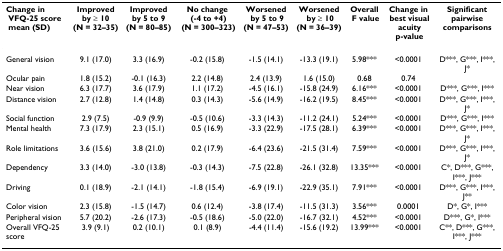
<table><thead><tr><td><b>Change in VFQ-25 score mean (SD)</b></td><td><b>Improved by ≥ 10 (N = 32–35)</b></td><td><b>Improved by 5 to 9 (N = 80–85)</b></td><td><b>No change (-4 to +4) (N = 300–323)</b></td><td><b>Worsened by 5 to 9 (N = 47–53)</b></td><td><b>Worsened by ≥ 10 (N = 36–39)</b></td><td><b>Overall F value</b></td><td><b>Change in best visual acuity p-value</b></td><td><b>Significantpairwisecomparisons</b></td></tr></thead><tbody><tr><td>General vision</td><td>9.1 (17.0)</td><td>3.3 (16.9)</td><td>-0.2 (15.8)</td><td>-1.5 (14.1)</td><td>-13.3 (19.1)</td><td>5.98***</td><td>&lt;0.0001</td><td>D***, G***, I***, J*</td></tr><tr><td>Ocular pain</td><td>1.8 (15.2)</td><td>-0.1 (16.3)</td><td>2.2 (14.8)</td><td>2.4 (13.9)</td><td>1.6 (15.0)</td><td>0.68</td><td>0.74</td><td></td></tr><tr><td>Near vision</td><td>6.3 (17.7)</td><td>3.6 (17.9)</td><td>1.1 (17.2)</td><td>-4.5 (16.1)</td><td>-15.8 (24.9)</td><td>6.16***</td><td>&lt;0.0001</td><td>D***, G***, I***</td></tr><tr><td>Distance vision</td><td>2.7 (12.8)</td><td>1.4 (14.8)</td><td>0.3 (14.3)</td><td>-5.6 (14.9)</td><td>-16.2 (19.5)</td><td>8.45***</td><td>&lt;0.0001</td><td>D***, G***, I***, J*</td></tr><tr><td>Social function</td><td>2.9 (7.5)</td><td>-0.9 (9.9)</td><td>-0.5 (10.6)</td><td>-3.3 (14.3)</td><td>-11.2 (24.1)</td><td>5.24***</td><td>&lt;0.0001</td><td>D***, G***, I***</td></tr><tr><td>Mental health</td><td>7.3 (17.9)</td><td>2.3 (15.1)</td><td>0.5 (16.9)</td><td>-3.3 (22.9)</td><td>-17.5 (28.1)</td><td>6.39***</td><td>&lt;0.0001</td><td>D***, G***, I***, J*</td></tr><tr><td>Role limitations</td><td>3.6 (15.6)</td><td>3.8 (21.0)</td><td>0.2 (17.9)</td><td>-6.4 (23.6)</td><td>-21.5 (31.4)</td><td>7.59***</td><td>&lt;0.0001</td><td>D***, G***, I***, J*</td></tr><tr><td>Dependency</td><td>3.3 (14.0)</td><td>-3.0 (13.8)</td><td>-0.3 (14.3)</td><td>-7.5 (22.8)</td><td>-26.1 (32.8)</td><td>13.35***</td><td>&lt;0.0001</td><td>C*, D***, G***, I***, J***</td></tr><tr><td>Driving</td><td>0.1 (18.9)</td><td>-2.1 (14.1)</td><td>-1.8 (15.4)</td><td>-6.9 (19.1)</td><td>-22.9 (35.1)</td><td>7.91***</td><td>&lt;0.0001</td><td>D***, G***, I***, J**</td></tr><tr><td>Color vision</td><td>2.3 (15.8)</td><td>-1.5 (14.7)</td><td>0.6 (12.4)</td><td>-3.8 (17.4)</td><td>-11.5 (31.3)</td><td>3.56***</td><td>0.0001</td><td>D*, G*, I***</td></tr><tr><td>Peripheral vision</td><td>5.7 (20.2)</td><td>-2.6 (17.3)</td><td>-0.5 (18.6)</td><td>-5.0 (22.0)</td><td>-16.7 (32.1)</td><td>4.52***</td><td>&lt;0.0001</td><td>D***, G*, I***</td></tr><tr><td>Overall VFQ-25 score</td><td>3.9 (9.1)</td><td>0.2 (10.1)</td><td>0.1 (8.9)</td><td>-4.4 (11.4)</td><td>-15.6 (19.2)</td><td>13.99***</td><td>&lt;0.0001</td><td>C**, D***, G***, I***, J***</td></tr></tbody></table>